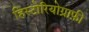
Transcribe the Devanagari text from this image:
हिस्टोरियोग्राफ़ी